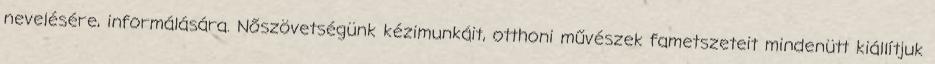
nevelésére, informálására. Nőszövetségünk kézimunkáit, otthoni művészek fametszeteit mindenütt kiállítjuk